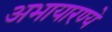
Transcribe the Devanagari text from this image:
अभायारण्ये